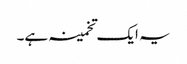
یہ ایک تخمینہ ہے۔